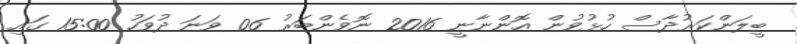
ބީލަންކަރުދާސް ހުޅުވުން އޮންނާނީ 2016 ނޮވެންބަރު 06 ވަނަ ދުވަހު 15:00 ގައި